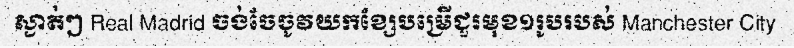
ស្ងាត់ៗ Real Madrid ចង់ចែចូវយកខ្សែបម្រើជួរមុខ១រូបរបស់ Manchester City